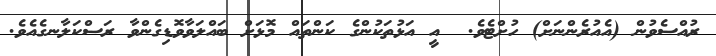
ރުއްސެވުން (އެއުރެންނަށް) ހުށްޓެވެ.  އީ އަޅުތަކުންގެ ކަންތައް މޮޅަށް ބައްލަވާވޮޑިގެންވާ ރަސްކަލާނގެއެވެ.